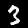
Digit: 3